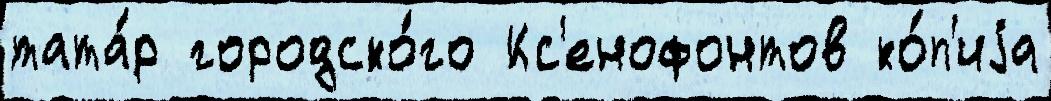
тата́р городско́го Кс'енофонтов ко́п'иjа